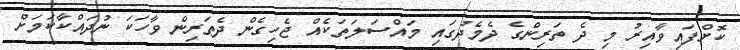
ކޮށްފައިވާއިރު މި ދެ ތަރިންގެ ދެމެދުގައި މައްސަލަތަކެއް ޖެހިގެން ދެތަރިން ވާހަކަ ނުދައްކާކަމަށް